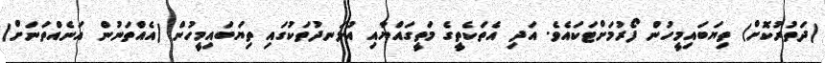
(ދަތުރުކޮށް) ތިޔަބައިމީހުން ފޯރުމަށްޓަކައެވެ. އަދި އެތަކެތީގެ މަތީގައްޔާއި އުޅަނދުތަކުގައި ތިޔަބައިމީހުން (އެއްތަނުން އަނެއްތަނަށް)